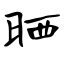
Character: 晒